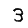
Digit: 3